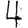
Digit: 4